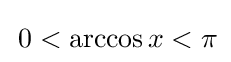
\,0<\arccos x<\pi